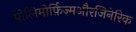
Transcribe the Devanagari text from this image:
पोलिमोर्फ़िज्मऔरजिनेरिक